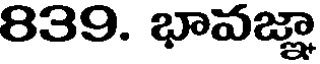
839. భావజ్ఞా